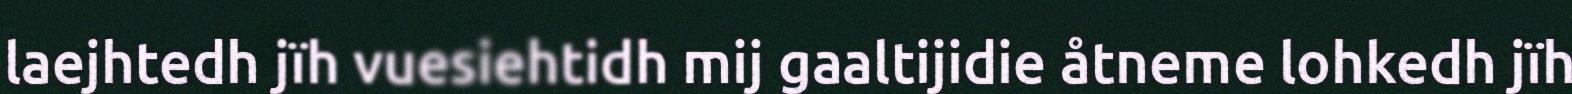
laejhtedh jïh vuesiehtidh mij gaaltijidie åtneme lohkedh jïh